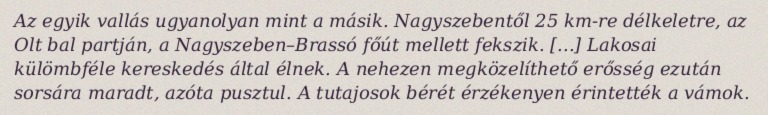
Az egyik vallás ugyanolyan mint a másik. Nagyszebentől 25 km-re délkeletre, az Olt bal partján, a Nagyszeben–Brassó főút mellett fekszik. [...] Lakosai külömbféle kereskedés által élnek. A nehezen megközelíthető erősség ezután sorsára maradt, azóta pusztul. A tutajosok bérét érzékenyen érintették a vámok.